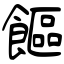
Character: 饇